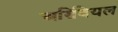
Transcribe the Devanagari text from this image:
अरिवियल